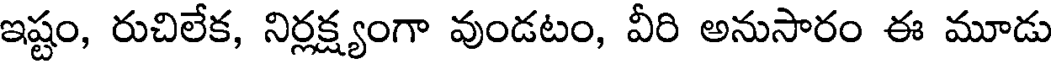
ఇష్టం, రుచిలేక, నిర్లక్ష్యంగా వుండటం, వీరి అనుసారం ఈ మూడు